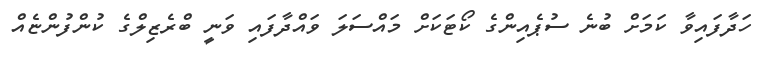
ހަދާފައިވާ ކަމަށް ބުނެ ސުޕެއިންގެ ކޯޓަކަށް މައްސަލަ ވައްދާފައި ވަނީ ބްރެޒިލްގެ ކުންފުންޏެއް